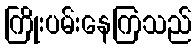
ကြိုးပမ်းနေကြသည်